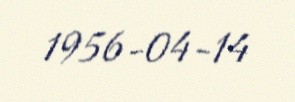
1956-04-14